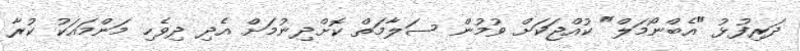
ދަރިފުޅު "އެބްނޯމަލް" ކުއްޖަކަށް ވުމުން ސަލާމަތް ކޮށްދިނުމަށް އެދި ދިވެހި މަންމައަކު ކުރާ